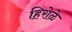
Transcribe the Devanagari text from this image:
हिरोळे